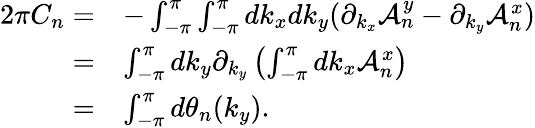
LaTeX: \begin{array}{rl}{2\pi C_{n}=}&{-\int_{-\pi}^{\pi}\int_{-\pi}^{\pi}dk_{x}dk_{y}(\partial_{k_{x}}\mathcal{A}_{n}^{y}-\partial_{k_{y}}\mathcal{A}_{n}^{x})}\\ {=}&{\int_{-\pi}^{\pi}dk_{y}\partial_{k_{y}}\left(\int_{-\pi}^{\pi}dk_{x}\mathcal{A}_{n}^{x}\right)}\\ {=}&{\int_{-\pi}^{\pi}d\theta_{n}(k_{y}).}\end{array}